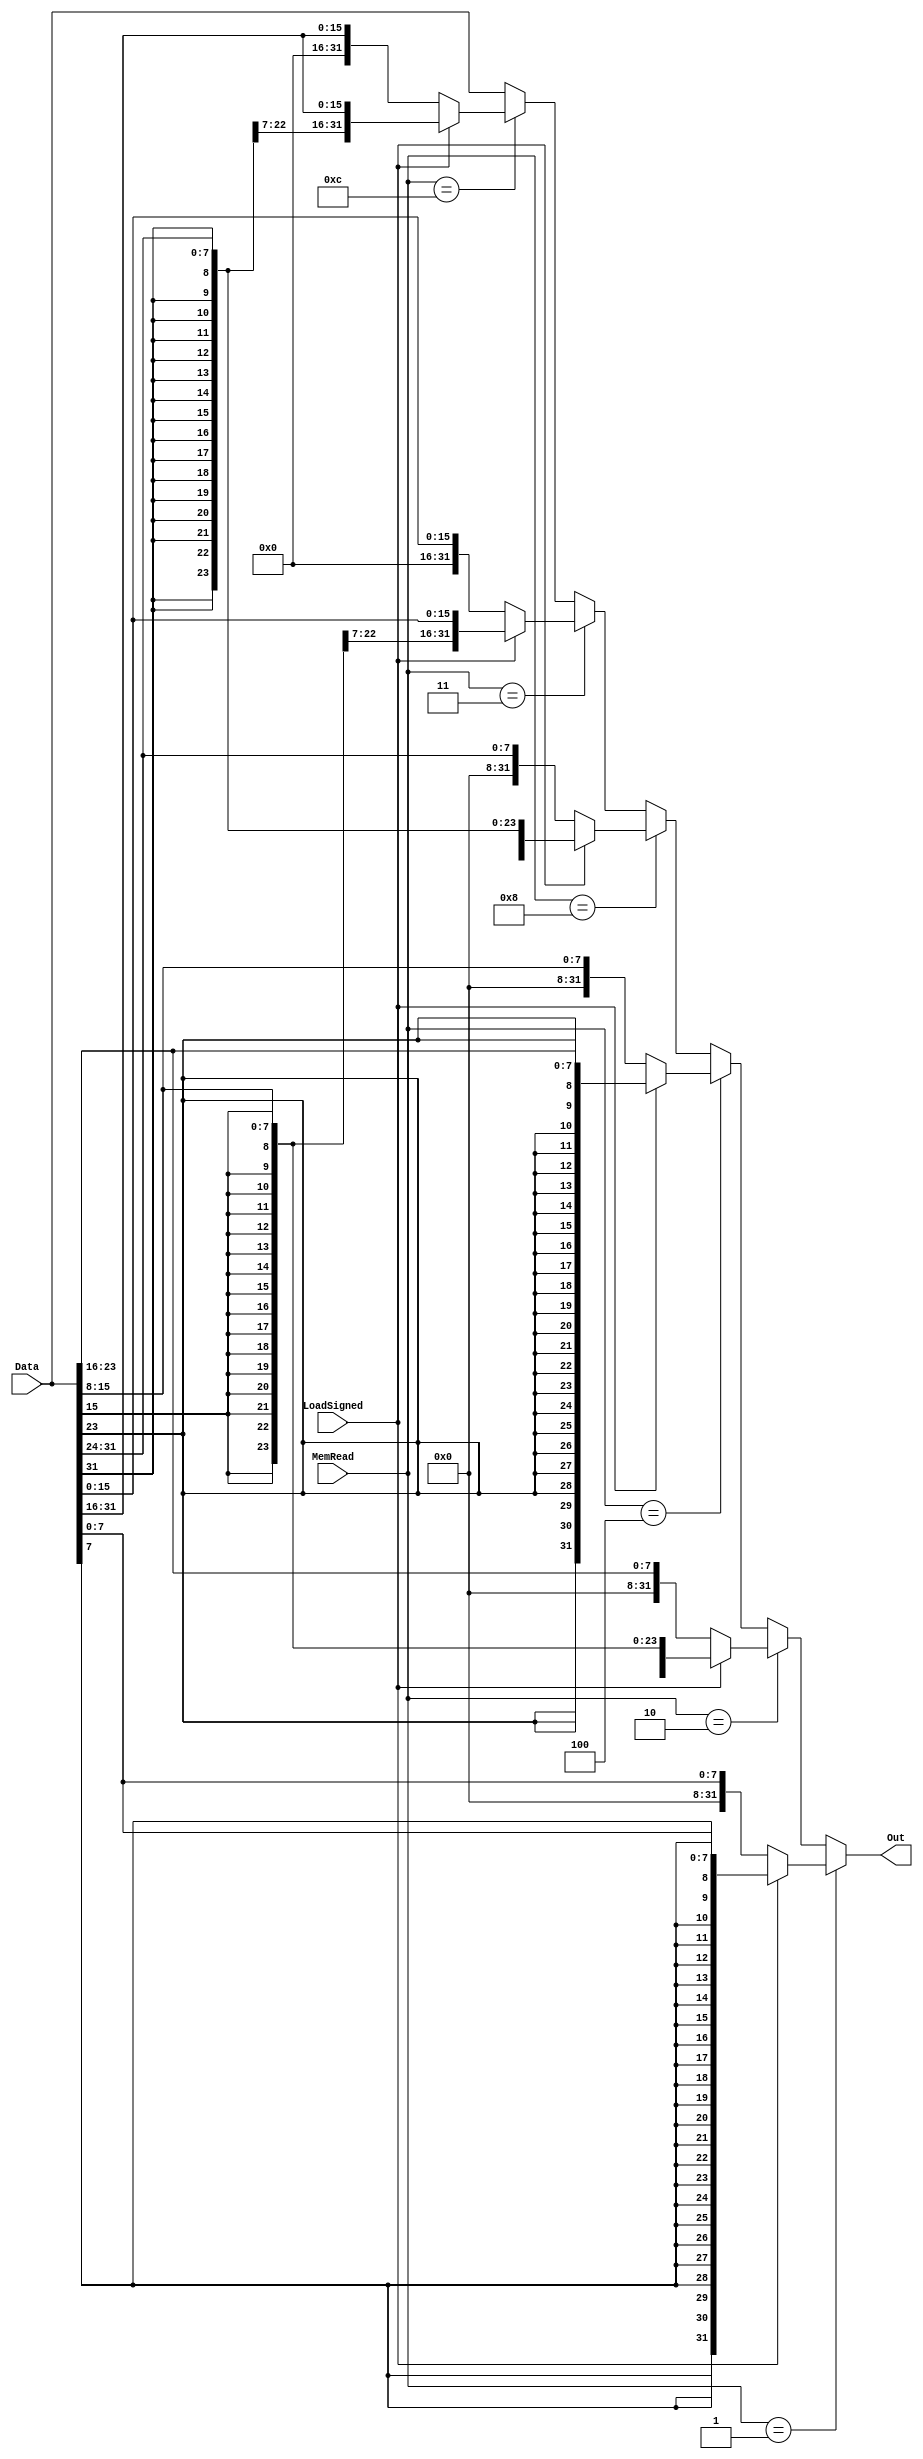
module MemEXT (
	input wire [31:0] Data,
	input wire LoadSigned,
	input wire [3:0] MemRead,
	output wire [31:0] Out
);
	assign Out = MemRead == 4'b0001 ? 
				 LoadSigned ? {{24{Data[7]}}, Data[7:0]} : {{24{1'b0}}, Data[7:0]} :
				 MemRead == 4'b0010 ? 
				 LoadSigned ? {{24{Data[15]}}, Data[15:8]} : {{24{1'b0}}, Data[23:16]} :
				 MemRead == 4'b0100 ? 
				 LoadSigned ? {{24{Data[23]}}, Data[23:16]} : {{24{1'b0}}, Data[15:8]} :
				 MemRead == 4'b1000 ? 
				 LoadSigned ? {{24{Data[31]}}, Data[31:24]} : {{24{1'b0}}, Data[31:24]} :
				 MemRead == 4'b0011 ? 
				 LoadSigned ? {{16{Data[15]}}, Data[15:0]} : {{16{1'b0}}, Data[15:0]} :
				 MemRead == 4'b1100 ? 
				 LoadSigned ? {{16{Data[31]}}, Data[31:16]} : {{24{1'b0}}, Data[31:16]} :
				 MemRead == 4'b1111 ? 
				 Data : Data;

endmodule